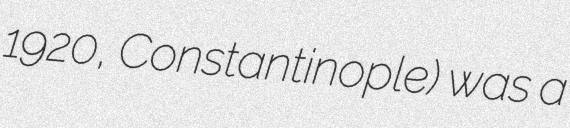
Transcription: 1920, Constantinople) was a